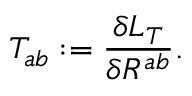
{ \cal T } _ { a b } : = \frac { \delta { L } _ { T } } { \delta R ^ { a b } } .